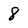
Character: 8